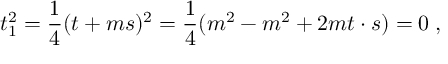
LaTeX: t _ { 1 } ^ { 2 } = \frac { 1 } { 4 } ( t + m s ) ^ { 2 } = \frac { 1 } { 4 } ( m ^ { 2 } - m ^ { 2 } + 2 m t \cdot s ) = 0 \; ,